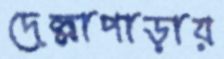
দেল্লাপাড়ায়